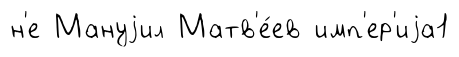
н'е Мануjил Матв'е́ев имп'ер'иjа1